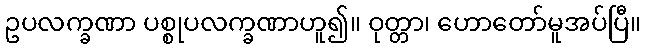
ဥပလက္ခဏာ ပစ္စုပလက္ခဏာဟူ၍။ ဝုတ္တာ၊ ဟောတော်မူအပ်ပြီ။